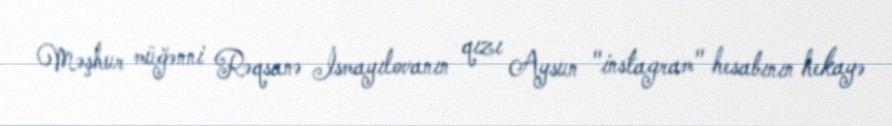
Məşhur müğənni Rəqsanə İsmayılovanın qızı Aysun "instagram" hesabının hekayə